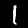
Label: 1